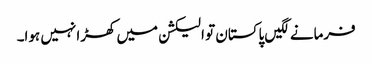
فرمانے لگیں پاکستان تو الیکشن میں کھڑا نہیں ہوا۔